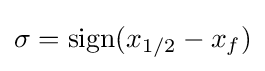
\sigma ={\text{sign}}(x_{1/2}-x_{f})